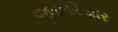
જરૂરિયાર